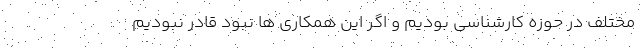
مختلف در حوزه کارشناسی بودیم و اگر این همکاری ها نبود قادر نبودیم